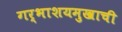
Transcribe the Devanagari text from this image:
गर्भाशयमुखाची